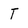
Character: T